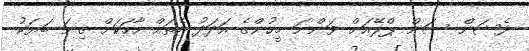
ފެޝަން ސަން ޕްލޭއަށް ވަންނަ މީހުންގެ އަދަދު އެތައް ހާހަކަށް ގިނަ ބަޔަކު